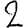
Digit: 2